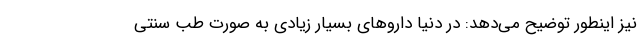
نیز اینطور توضیح می‌دهد: در دنیا داروهای بسیار زیادی به صورت طب سنتی